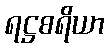
ရဋ္ဌစရိယာ